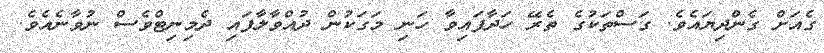
ގެއަށް ގެންދިޔައެވެ. ގަސްތަކުގެ ތެރޭ ހަދާފައިވާ ހަނި މަގަކުން ދުއްވާލާފައި ދެމިނިޓްވެސް ނުވާނެއެވެ.